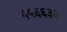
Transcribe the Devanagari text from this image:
५५६६३३